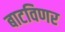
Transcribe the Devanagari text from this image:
बाटविणर